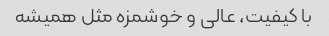
با کیفیت، عالی و خوشمزه مثل همیشه